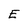
Character: E